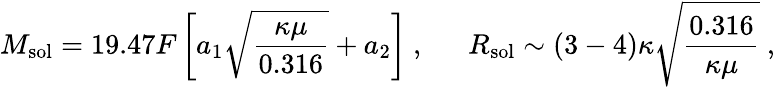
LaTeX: M_{\mathrm{sol}}=19.47F\left[a_{1}\sqrt{\frac{\kappa\mu}{0.316}}+a_{2}\right]\ ,\ \ \ \ \ \ R_{\mathrm{sol}}\sim(3-4)\kappa\sqrt{\frac{0.316}{\kappa\mu}}\ ,